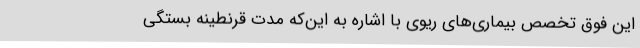
این فوق تخصص بیماری‌های ریوی با اشاره به این‌که مدت قرنطینه بستگی